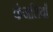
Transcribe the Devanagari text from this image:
कंजलियाँ